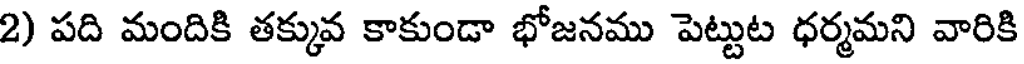
2) పది మందికి తక్కువ కాకుండా భోజనము పెట్టుట ధర్మమని వారికి